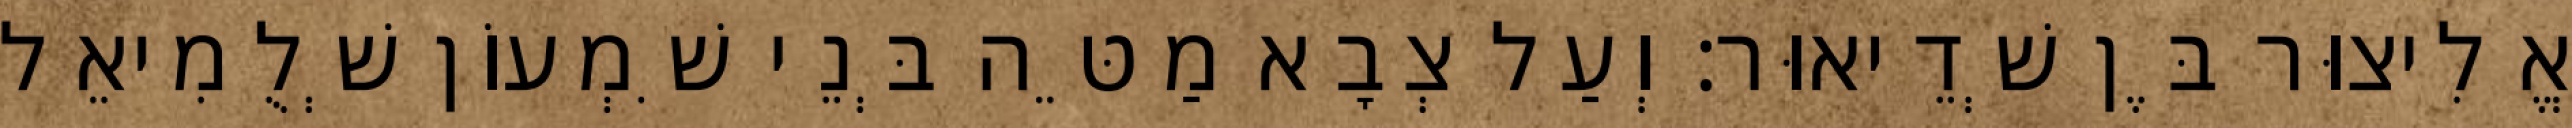
אֱלִיצוּר בֶּן שְׁדֵיאוּר׃ וְעַל צְבָא מַטֵּה בְּנֵי שִׁמְעוֹן שְׁלֻמִיאֵל